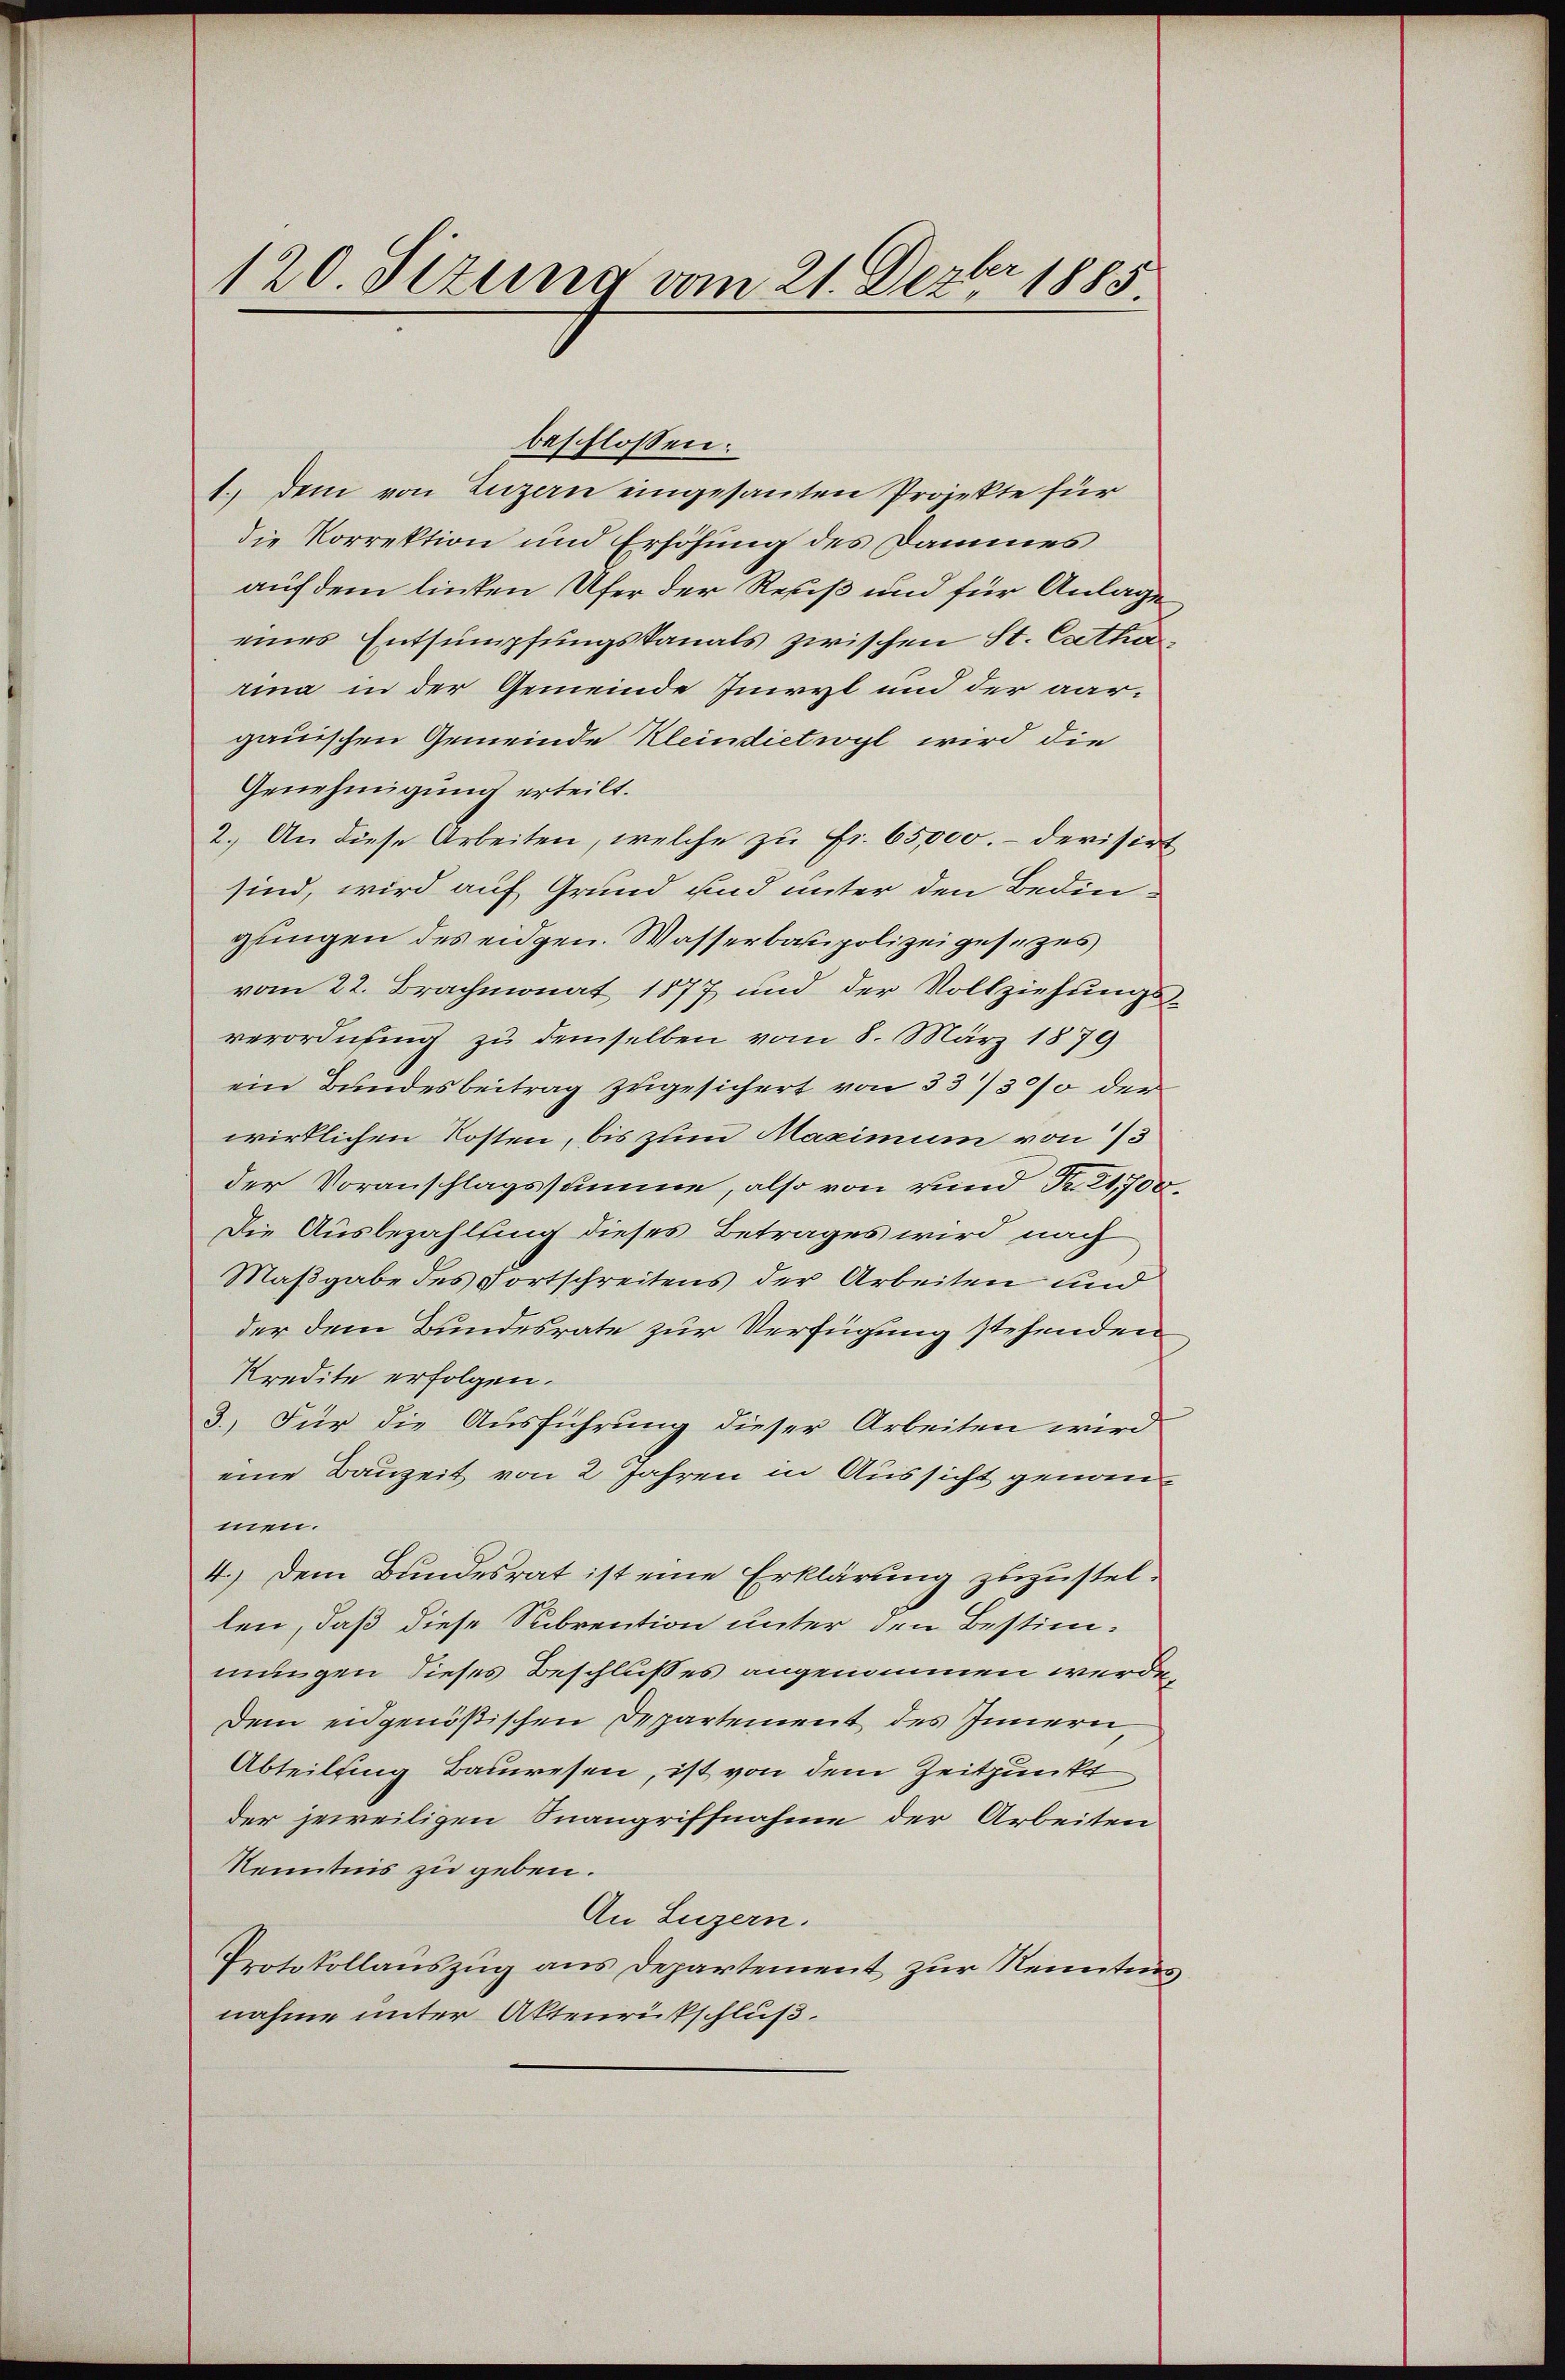
120. Sezung vom 21. Dezbr. 1885.

beschlossen:
1.) Dem von Luzern eingesanten Projekte für
die Korrektion und Erhöhung des Dammes
auf dem linsten Ufer der Resis und für Anlage
eines Entsumpfungskanals zwischen St. Catha
rina in der Gemeinde Inivyl und der aargauischen Gemeinde Kleindietwyl wird die
Genehmigung erteilt.
2. An diese Arbeiten, welche zu Fr. 65,000.- devisirt
sind, wird auf Grund und unter den Bedingfingen des eidgen. Wasserbaupolizei gesezes
vom 22. Brachmonat 1877 und der Vollziehungsverordnung zu demselben vom 8. März 1879
ein Bundesbeitrag zugesichert von 33/30% der
wirklichen Kosten, bis zum Maximum von 75
der Voranschlagssumme, also von und Nr. 21,700.
Die Ausbezahlung dieses Betrages wird nach
Maßgabe des Fortschreitens der Arbeiten und
der dem Bundesrate zur Verfügung stehenden
Kredite erfolgen.
3.) Für die Ausführung dieser Arbeiten wird
eine Bauzeit von 2 Jahren in Aussicht genommmen.
4.) Dem Bundesrat ist eine Erklärung zuzustellen, daß diese Subrention unter den Bestimmungen dieses Beschlußes angenommen werden
Dem eidgenößischen Departement des Innern
Abteilung Bauwesen, ist von dem Zeitpunkt
der jeweiligen Snangriffnahme der Arbeiten
Kenntnis zu geben.
An Luzern.
Protokollauszug aus Departement zur Renntens
nahme unter Aktenrückschluß.